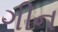
ગીન